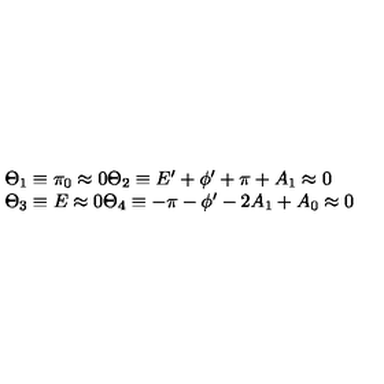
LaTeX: \begin{array} { l } { \Theta _ { 1 } \equiv \pi _ { 0 } \approx 0 \Theta _ { 2 } \equiv E ^ { \prime } + \phi ^ { \prime } + \pi + A _ { 1 } \approx 0 } \\ { \Theta _ { 3 } \equiv E \approx 0 \Theta _ { 4 } \equiv - \pi - \phi ^ { \prime } - 2 A _ { 1 } + A _ { 0 } \approx 0 } \\ \end{array}